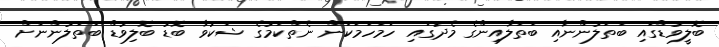
ބޮލީވުޑްގައި ބަތަލުންނާއި ބަތަލާއިންގެ މެދުގައި ހަމަހަމަކަން ނެތްކަމުގެ ޝަކުވާ ބޮޑު ބޮލިވުޑް ބަތަލުންނަށް